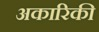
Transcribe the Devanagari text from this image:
अकारिकी